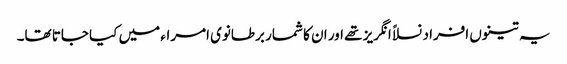
یہ تینوں افراد نسلاً انگریز تھے اور ان کا شمار برطانوی امراء میں کیا جاتا تھا۔